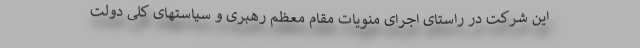
این شرکت در راستای اجرای منویات مقام معظم رهبری و سیاستهای کلی دولت